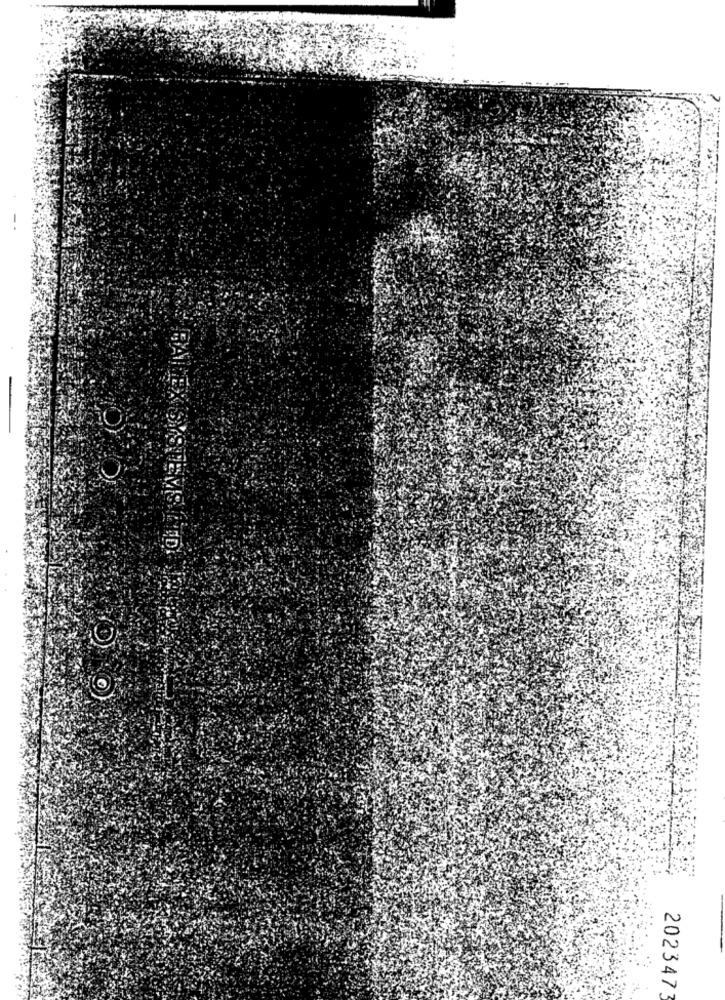
202347